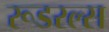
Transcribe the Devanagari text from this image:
रूडरल्स